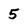
Character: 5